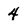
Character: 4